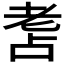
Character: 𦒾